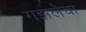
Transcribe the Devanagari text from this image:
गझलेचा